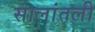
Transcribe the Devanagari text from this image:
सालांतली